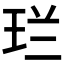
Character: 𮴌